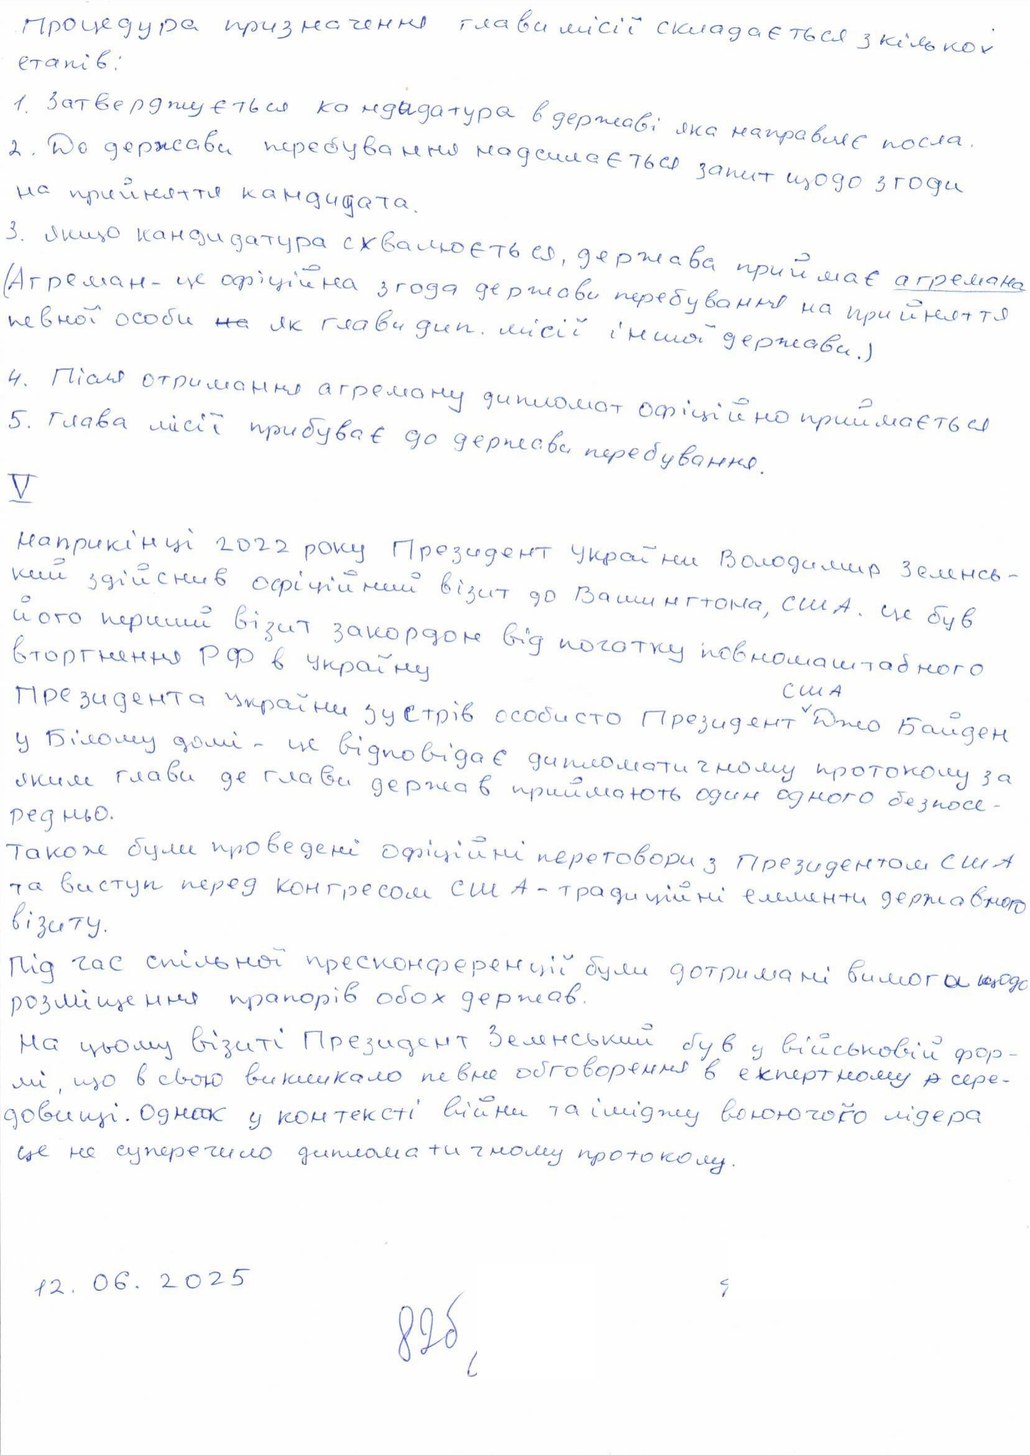
Процедура призначення глави місії складається з кількох
етапів:
1. Затверджується кандидатура в державі яка направляє посла.
2. До держави перебування надсилається запит щодо згоди
на прийняття кандидата.
3. Якщо кандидатура схвалюється, держава приймає агремана
(Агреман - це офіційна згода держави перебування на прийняття
певної особи ~~на~~ як глави дип. місії іншої держави.)
4. Після отримання агреману дипломат офіційно приймається
5. Глава місії прибуває до держави перебування.
V
Наприкінці 2022 року Президент України Володимир Зеленсь-
кий здійснив офіційний візит до Вашингтона, США. Це був
його перший візит закордон від початку повномасштабного
вторгнення РФ в Україну
Президента України зустрів особисто Президент США Джо Байден
у Білому домі - це відповідає дипломатичному протоколу за
яким глави де глави держав приймають один одного безпосе-
редньо.
Також були проведені офіційні переговори з Президентом США
та виступ перед конгресом США - традиційні елементи державного
візиту.
Під час спільної пресконференції були дотримані вимоги щодо
розміщення прапорів обох держав.
На цьому візиті Президент Зеленський був у військовій фор-
мі, що в свою викликало певне обговорення в експертному ~~р~~ сере-
довищі. Однак у контексті війни та іміджу воюючого лідера
це не суперечило дипломатичному протоколу.
12.06.2025
82 б